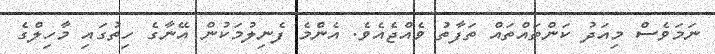
ނަމަވެސް މިއަދު ކަންތައްތައް ތަފާތު ވެއްޖެއެވެ. އެންމެ ފެނިލުމަކުން އޭނާގެ ހިތުގައި މާހިލްގެ